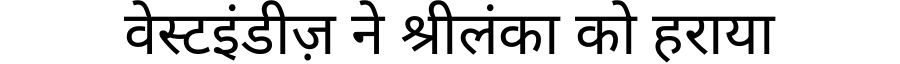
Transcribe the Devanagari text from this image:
वेस्टइंडीज़ ने श्रीलंका को हराया